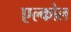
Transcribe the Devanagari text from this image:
एल्कोल